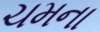
ચમના